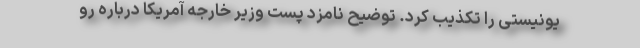
یونیستی را تکذیب کرد. توضیح نامزد پست وزیر خارجه آمریکا درباره رو